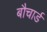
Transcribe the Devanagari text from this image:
बौचार्ड